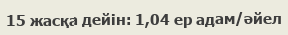
15 жасқа дейін: 1,04 ер адам/әйел